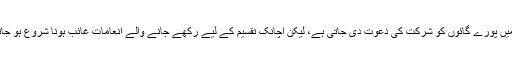
تقریب میں پورے گائوں کو شرکت کی دعوت دی جاتی ہے، لیکن اچانک تقسیم کے لیے رکھے جانے والے انعامات غائب ہونا شروع ہو جاتے ہیں۔